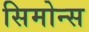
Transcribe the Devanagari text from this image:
सिमोन्स